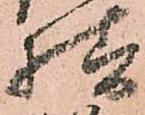
様